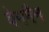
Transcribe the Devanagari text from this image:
वेनमैन